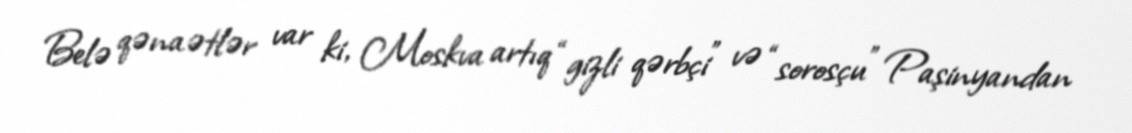
Belə qənaətlər var ki, Moskva artıq “gizli qərbçi” və “sorosçu” Paşinyandan